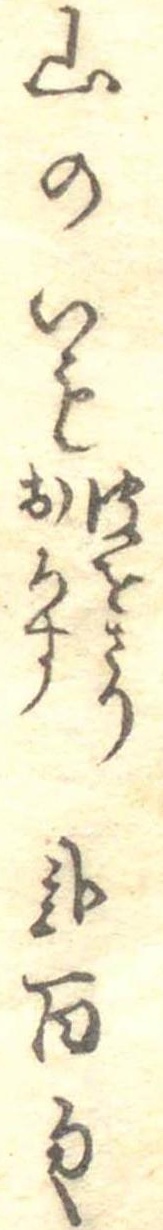
山のいも皮をさりおろす弐百匁